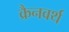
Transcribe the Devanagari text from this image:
क्रैनवर्थ